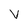
Character: v